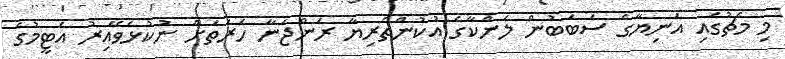
މި މެޗުގައި އަނިޔާގެ ސަބަބުން ލަންކާގެ އުކުންތެރިޔާ ރަންޖަނާ ހެރަތަށް ނުކުޅެވޭއިރު އެޓީމުގެ